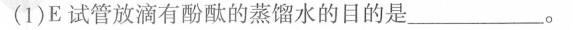
(1)E试管放滴有酚酞的蒸馏水的目的是___。